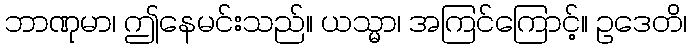
ဘာဏုမာ၊ ဤနေမင်းသည်။ ယသ္မာ၊ အကြင်ကြောင့်။ ဥဒေတိ၊